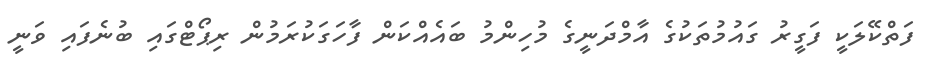
ފަތްކޭލަކީ ފަގީރު ގައުމުތަކުގެ އާމްދަނީގެ މުހިންމު ބައެއްކަން ފާހަގަކުރަމުން ރިޕޯޓްގައި ބުނެފައި ވަނީ